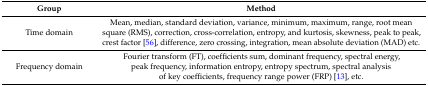
| Group | Method |
 | --- | --- |
 | Time domain | Mean, median, standard deviation, variance, minimum, maximum, range, root mean square (RMS), correction, cross-correlation, entropy, and kurtosis, skewness, peak to peak, crest factor [56], difference, zero crossing, integration, mean absolute deviation (MAD) etc. |
 | Frequency domain | Fourier transform (FT), coefficients sum, dominant frequency, spectral energy, peak frequency, information entropy, entropy spectrum, spectral analysis of key coefficients, frequency range power (FRP) [13], etc. |